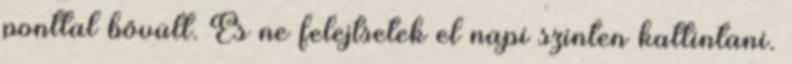
ponttal bővült. És ne felejtsetek el napi szinten kattintani.